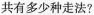
共有多少种走法？